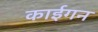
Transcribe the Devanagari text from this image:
काईगन